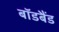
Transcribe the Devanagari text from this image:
बॉडबैंड